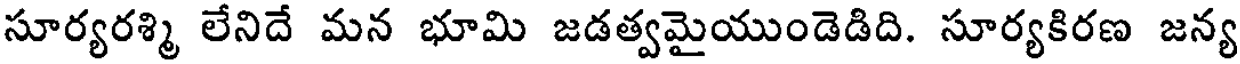
సూర్యరశ్మి లేనిదే మన భూమి జడత్వమైయుండెడిది. సూర్యకిరణ జన్య